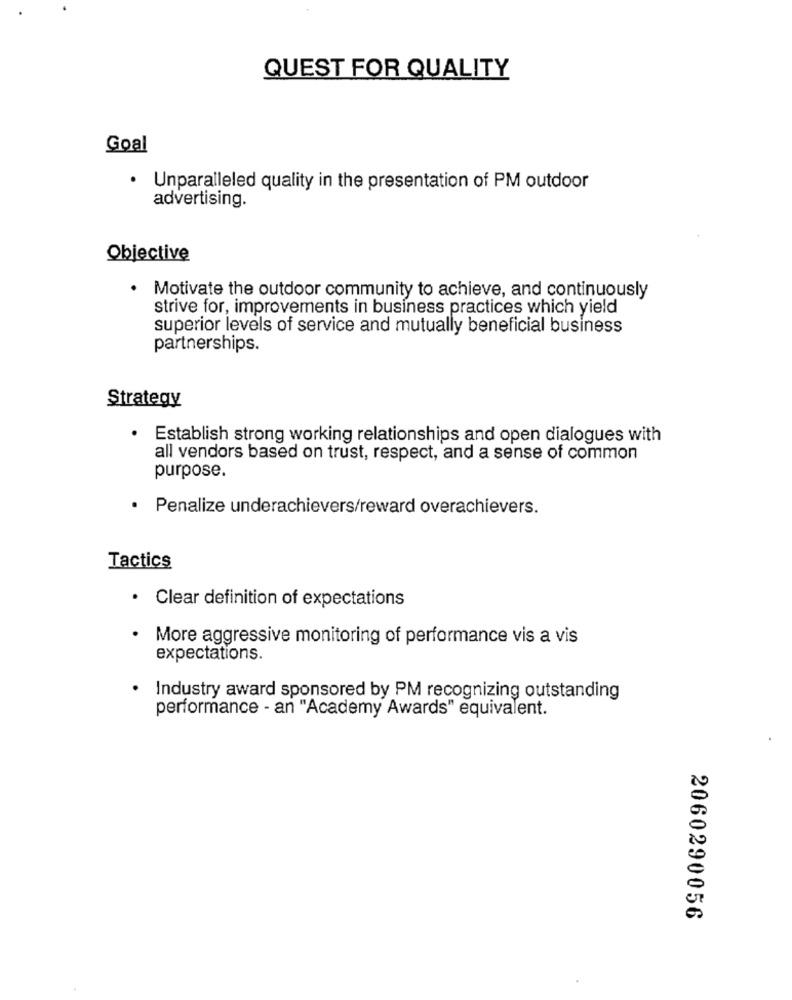
QUEST FOR QUALITY
Goal
· Unparalleled quality in the presentation of PM outdoor
advertising.
Objective
.
Motivate the outdoor community to achieve, and continuously
strive for, improvements in business practices which yield
superior levels of service and mutually beneficial business
partnerships.
Strategy
· Establish strong working relationships and open dialogues with
all vendors based on trust, respect, and a sense of common
purpose.
Penalize underachievers/reward overachievers.
Tactics
· Clear definition of expectations
· More aggressive monitoring of performance vis a vis
expectations.
Industry award sponsored by PM recognizing outstanding
performance - an "Academy Awards" equivalent.
2060290056